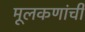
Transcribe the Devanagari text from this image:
मूलकणांची